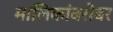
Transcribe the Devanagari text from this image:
मालिकांबरोबर